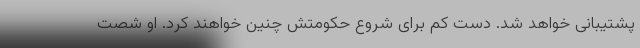
پشتیبانی خواهد شد. دست کم برای شروع حکومتش چنین خواهند کرد. او شصت